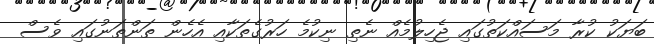
ބަޔަކު ކުރާ މަސައްކަތުގައި ޖެހިލުމެއް ނެތި ނިކުމެ ހަރުގެތަކާއި އެހެން ތަންތަނުގައި ވެސް